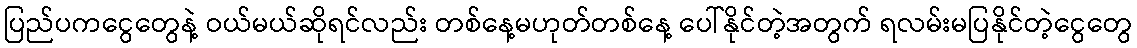
ပြည်ပကငွေတွေနဲ့ ဝယ်မယ်ဆိုရင်လည်း တစ်နေ့မဟုတ်တစ်နေ့ ပေါ်နိုင်တဲ့အတွက် ရလမ်းမပြနိုင်တဲ့ငွေတွေ